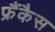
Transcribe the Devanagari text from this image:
फ्रैंकैस